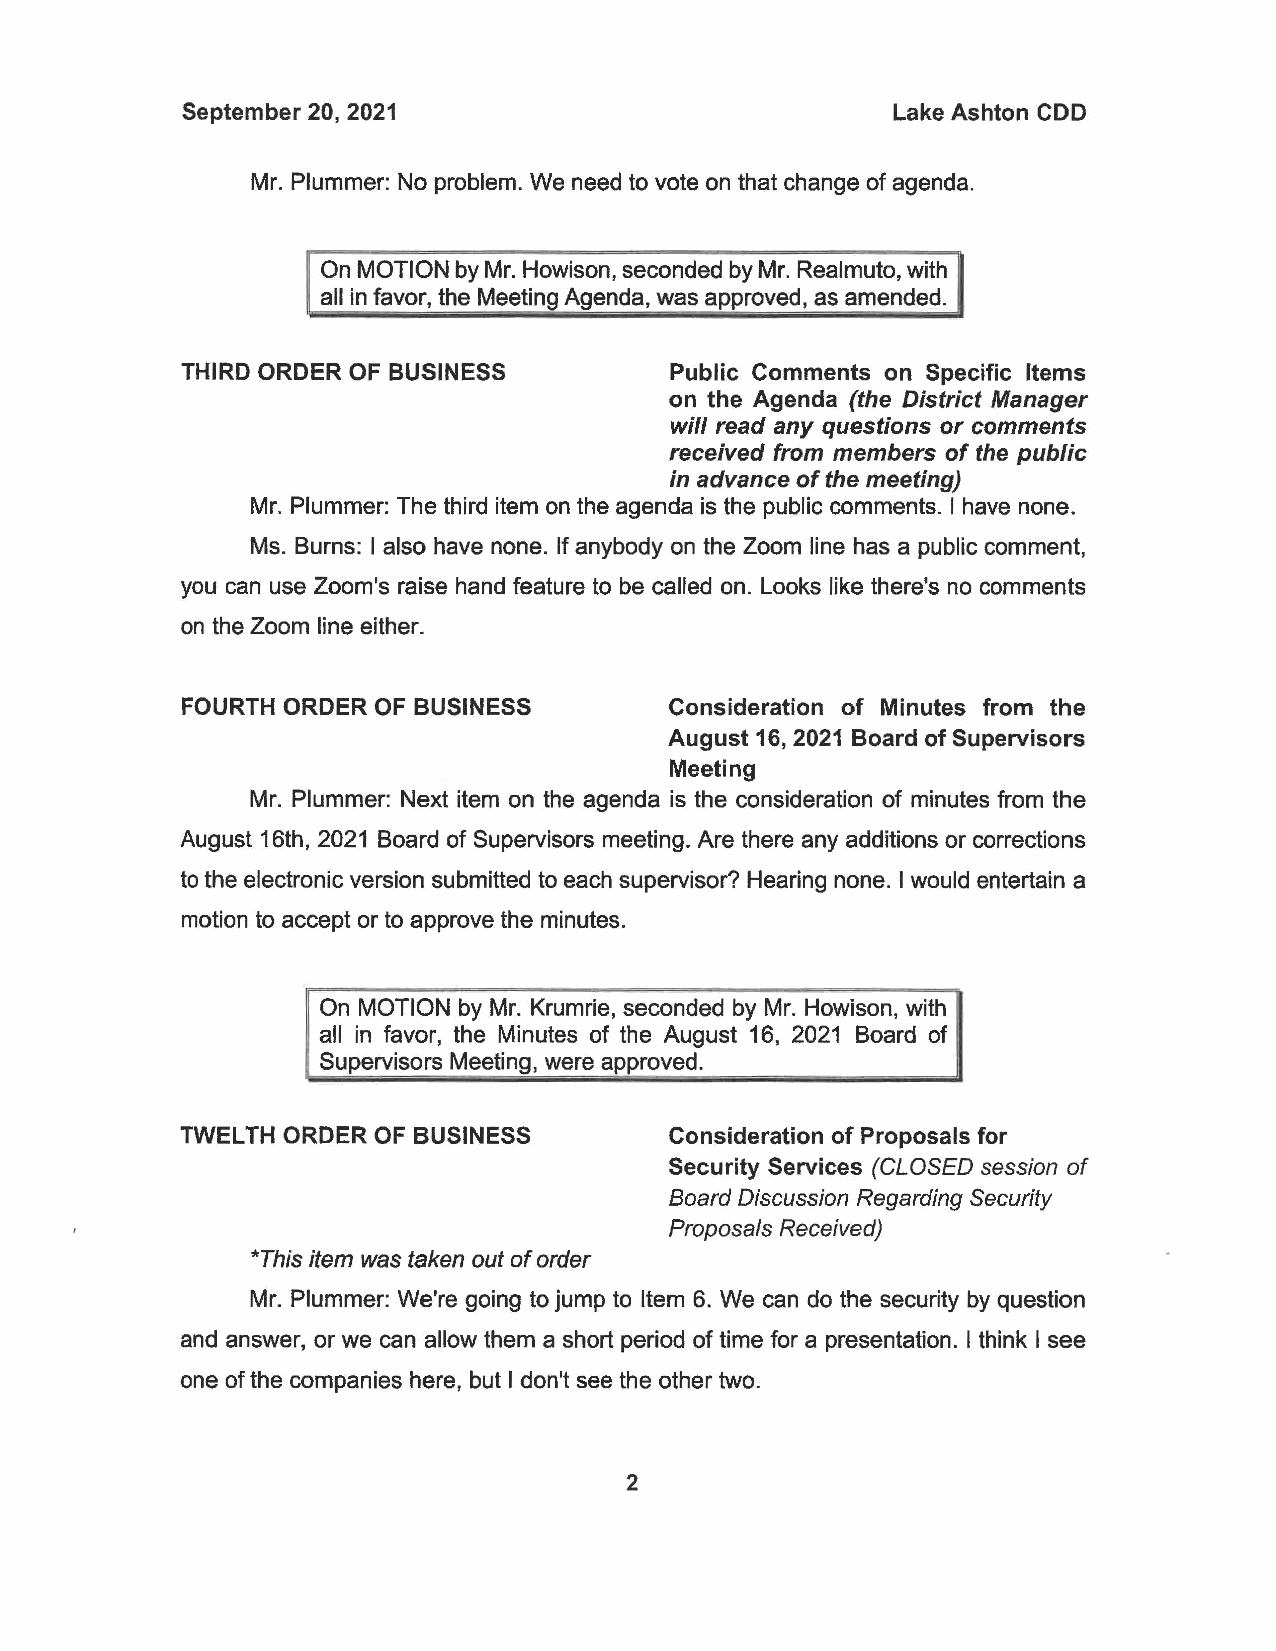
September 20, 2021                             Lake Ashton CDD
 Mr. Plummer: No problem. We need to vote on that change of agenda.
 On MOTION by Mr. Howison, seconded by Mr. Realmuto, with
 all in favor, the Meeting Agenda, was approved, as amended.
 THIRD ORDER OF BUSINESS          Public Comments on Specific Items
 on the Agenda (the District Manager
 will read any questions or comments
 received from members of the public
 in advance of the meeting)
 Mr. Plummer: The third item on the agenda is the public comments. I have none.
 Ms. Burns: I also have none. If anybody on the Zoom line has a public comment,
 you can use Zoom's raise hand feature to be called on. Looks like there's no comments
 on the Zoom line either.
 FOURTH ORDER OF BUSINESS         Consideration of Minutes from the
 August 16, 2021 Board of Supervisors
 Meeting
 Mr. Plummer: Next item on the agenda is the consideration of minutes from the
 August 16th, 2021 Board of Supervisors meeting. Are there any additions or corrections
 to the electronic version submitted to each supervisor? Hearing none. I would entertain a
 motion to accept or to approve the minutes.
 On MOTION by Mr. Krumrie, seconded by Mr. Howison, with
 all in favor, the Minutes of the August 16, 2021 Board of
 Supervisors Meeting, were approved.
 TWEL TH ORDER OF BUSINESS        Consideration of Proposals for
 Security Services (CLOSED session of
 Board Discussion Regarding Security
 Proposals Received)
 *This item was taken out of order
 Mr. Plummer: We're going to jump to Item 6. We can do the security by question
 and answer, or we can allow them a short period of time for a presentation. I think I see
 one of the companies here, but I don't see the other two.
 2